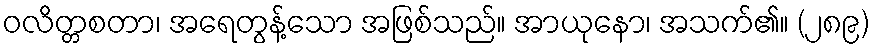
ဝလိတ္တစတာ၊ အရေတွန့်သော အဖြစ်သည်။ အာယုနော၊ အသက်၏။ (၂၈၉)